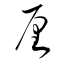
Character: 厘